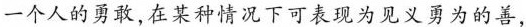
一个人的勇敢,在某种情况下可表现为见义勇为的善，